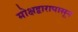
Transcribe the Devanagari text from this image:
मोक्षद्वारापासून